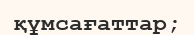
құмсағаттар;